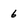
Character: 6